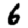
Digit: 6